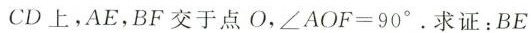
CD上，AE，BF交于点O， \angle A O F=90^{\circ} 。求证：BE